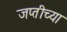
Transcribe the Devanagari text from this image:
जप्तीच्या